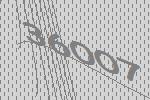
36007